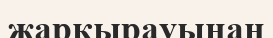
жарқырауынан